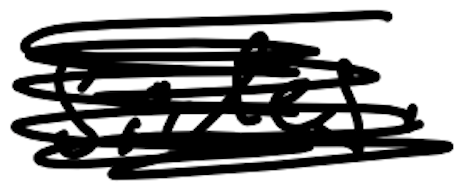
Text: sides.
Cross-out: scratch
Writing tool: digital_black